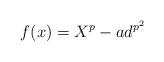
\begin{align*} f(x)=X^p-ad^{p^2}\end{align*}